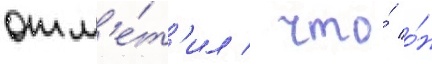
отм'е́т'ил / что́ о́н